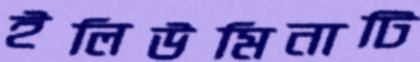
ইলিউমিনাটি